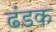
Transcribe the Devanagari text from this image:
ढंडक